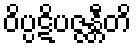
ဝိပ္ပဋိပဇ္ဇန္တီတိ